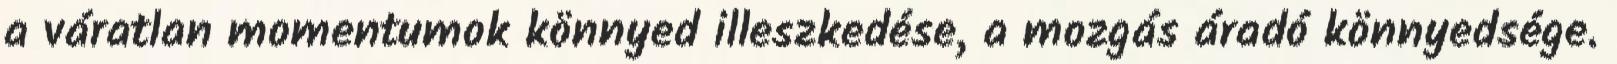
a váratlan momentumok könnyed illeszkedése, a mozgás áradó könnyedsége.